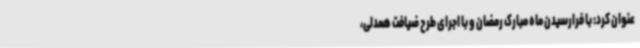
عنوان کرد: با فرارسیدن ماه مبارک رمضان و با اجرای طرح ضیافت همدلی،